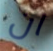
ان